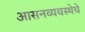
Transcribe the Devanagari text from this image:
आसनव्यवस्थेचे